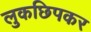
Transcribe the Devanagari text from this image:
लुकछिपकर